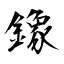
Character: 鐌